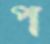
প